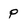
Character: P